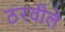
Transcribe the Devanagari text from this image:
ठरवीले